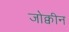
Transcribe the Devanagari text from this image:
जोक्वीन